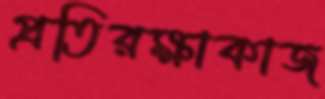
প্রতিরক্ষাকাজ